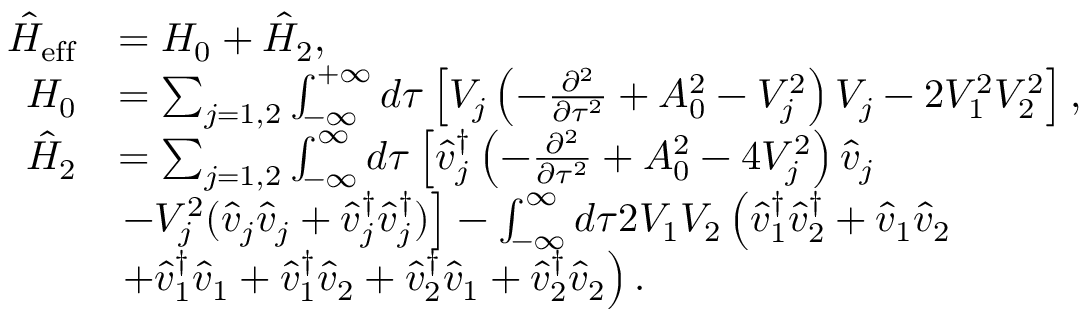
\begin{array} { r l } { \hat { H } _ { \mathrm { e f f } } } & { = H _ { 0 } + \hat { H } _ { 2 } , } \\ { H _ { 0 } } & { = \sum _ { j = 1 , 2 } \int _ { - \infty } ^ { + \infty } d \tau \left[ V _ { j } \left( - \frac { \partial ^ { 2 } } { \partial \tau ^ { 2 } } + A _ { 0 } ^ { 2 } - V _ { j } ^ { 2 } \right) V _ { j } - 2 V _ { 1 } ^ { 2 } V _ { 2 } ^ { 2 } \right] , } \\ { { \hat { H } } _ { 2 } } & { = \sum _ { j = 1 , 2 } \int _ { - \infty } ^ { \infty } d \tau \left[ \hat { v } _ { j } ^ { \dag } \left( - \frac { \partial ^ { 2 } } { \partial \tau ^ { 2 } } + A _ { 0 } ^ { 2 } - 4 V _ { j } ^ { 2 } \right) \hat { v } _ { j } \right. } \\ & { \left. - V _ { j } ^ { 2 } ( \hat { v } _ { j } \hat { v } _ { j } + \hat { v } _ { j } ^ { \dag } \hat { v } _ { j } ^ { \dag } ) \right] - \int _ { - \infty } ^ { \infty } d \tau 2 V _ { 1 } V _ { 2 } \left( \hat { v } _ { 1 } ^ { \dagger } \hat { v } _ { 2 } ^ { \dagger } + \hat { v } _ { 1 } \hat { v } _ { 2 } \right. } \\ & { \left. + \hat { v } _ { 1 } ^ { \dagger } \hat { v } _ { 1 } + \hat { v } _ { 1 } ^ { \dagger } \hat { v } _ { 2 } + \hat { v } _ { 2 } ^ { \dagger } \hat { v } _ { 1 } + \hat { v } _ { 2 } ^ { \dagger } \hat { v } _ { 2 } \right) . } \end{array}